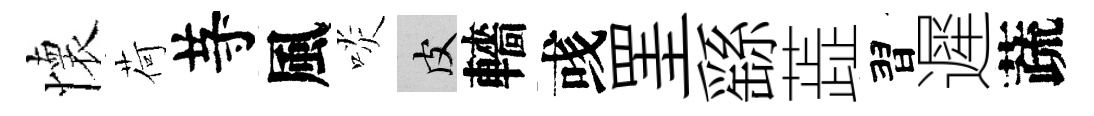
懷荷䒭風啖皮轖彧罣繇蕋習遲蔬